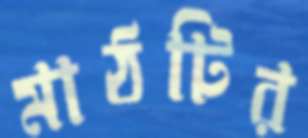
মাঠটির